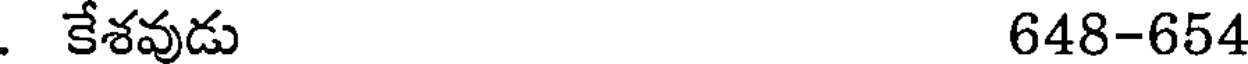
. కేశవుడు 648-654